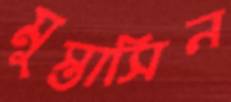
মুস্তাসিন